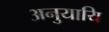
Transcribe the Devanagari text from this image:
अनुयायि